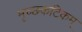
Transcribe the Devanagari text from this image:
मृच्छकटिकम्‌